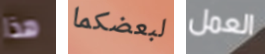
هذا لبعضكما العمل